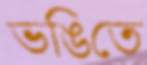
ভঙিতে